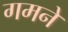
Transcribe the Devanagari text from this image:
गमने